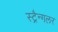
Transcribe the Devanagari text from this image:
स्ट्रैन्गलर